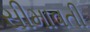
સીમાવતી